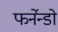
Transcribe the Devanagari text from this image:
फर्नेन्डो